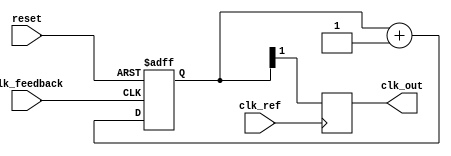
module cp_pll (
    input wire clk_ref,          // Reference clock input
    input wire clk_feedback,     // Feedback clock input
    input wire reset,            // Reset signal
    output reg clk_out           // VCO output clock
);

// Phase Frequency Detector (PFD)
reg pfd_up, pfd_down;
reg last_ref, last_feedback;

always @(posedge clk_ref or posedge reset) begin
    if (reset) begin
        pfd_up <= 0;
        pfd_down <= 0;
        last_ref <= 0;
        last_feedback <= 0;
    end else begin
        if (!last_ref && clk_ref) begin
            if (last_feedback) begin
                pfd_down <= 1; // Feedback is leading
            end else begin
                pfd_up <= 1;   // Feedback is lagging
            end
        end
        last_ref <= clk_ref;
    end
end

always @(posedge clk_feedback) begin
    last_feedback <= 1; // Feedback clock is high
end

always @(negedge clk_feedback) begin
    last_feedback <= 0; // Feedback clock is low
end

// Charge Pump (CP)
reg [3:0] cp_current; // Example current control
always @(posedge clk_ref or posedge reset) begin
    if (reset) begin
        cp_current <= 0;
    end else begin
        if (pfd_up) begin
            cp_current <= cp_current + 1; // Source current
        end else if (pfd_down) begin
            cp_current <= cp_current - 1; // Sink current
        end
        // Reset signals
        pfd_up <= 0;
        pfd_down <= 0;
    end
end

// Loop Filter (simple RC filter)
reg [7:0] filter_voltage; // Example voltage control signal
always @(posedge clk_ref or posedge reset) begin
    if (reset) begin
        filter_voltage <= 8'd128; // Midpoint of a typical range
    end else begin
        filter_voltage <= filter_voltage + cp_current; // Integrate current
    end
end

// Voltage-Controlled Oscillator (VCO)
reg [7:0] vco_freq;
always @(posedge clk_ref or posedge reset) begin
    if (reset) begin
        vco_freq <= 8'd0; // Initial frequency
    end else begin
        vco_freq <= filter_voltage; // Frequency based on control voltage
    end
end

// Feedback path (divide by 2 for simplicity)
reg [1:0] clk_div;
always @(posedge clk_feedback or posedge reset) begin
    if (reset) begin
        clk_div <= 2'd0;
    end else begin
        clk_div <= clk_div + 1;
    end
end

// Output clock generation
always @(posedge clk_ref) begin
    clk_out <= clk_div[1]; // Output the divided clock
end

endmodule